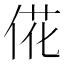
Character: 𫢮